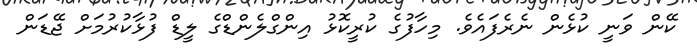
ކޭން ވަނީ ކުޅެން ނެރެފައެވެ. މިހާފުގެ ކުރީކޮޅު އިންގްލެންޑްގެ ލީޑް ފުޅާކުރުމަށް ޖޭޑަން